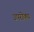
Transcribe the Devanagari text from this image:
उपरोक्य